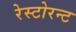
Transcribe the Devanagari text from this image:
रेस्टोरन्ट